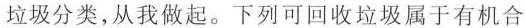
垃圾分类，从我做起。下列可回收垃圾属于有机合